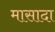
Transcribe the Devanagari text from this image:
मासादा